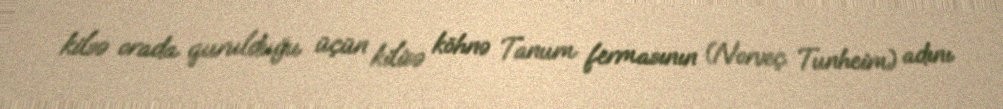
kilsə orada qurulduğu üçün kilisə köhnə Tanum fermasının (Norveç Tunheim) adını